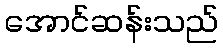
အောင်ဆန်းသည်